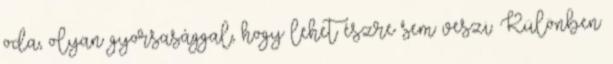
oda, olyan gyorsasággal, hogy lehet észre sem veszi. Különben